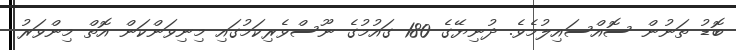
ބޮޑު ތަނުން ސޮއްސައިލުމެވެ. ދުނިޔޭގެ 180 ގައުމުގެ ނޫސްވެރިކަމުގައި މިނިވަންކަން އޮތް މިންވަރު